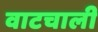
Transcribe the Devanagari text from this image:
वाटचाली